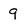
Character: 9